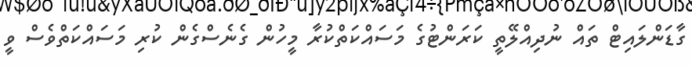
ގާޑަންލައިޓް ތައް ނުދިއްލޭތީ ކަރަންޓުގެ މަސައްކަތްކުރާ މީހުން ގެނެސްގެން ކުރި މަސައްކަތްވެސް ވީ